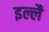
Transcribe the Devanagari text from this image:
इल्लै